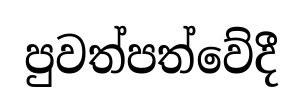
පුවත්පත්වේදී